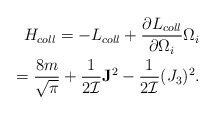
\begin{align*}H_{coll}=-L_{coll}+\frac{\partial L_{coll}}{\partial\Omega_i}\Omega_i\\\quad =\frac{8m}{\sqrt{\pi}}+\frac{1}{2{\cal I}}{\bf J}^2-\frac{1}{2{\cal I}}(J_3)^2.\end{align*}